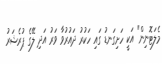
މެލަޓޮނިން" އަކީ ހަށިގަނޑު ގައި ހަކުރު ދައުރުވާ ވަރު އަދި ލޭގެ ޕުރެޝަރު